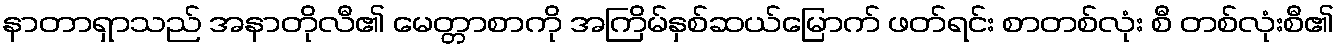
နာတာရှာသည် အနာတိုလီ၏ မေတ္တာစာကို အကြိမ်နှစ်ဆယ်မြောက် ဖတ်ရင်း စာတစ်လုံး စီ တစ်လုံးစီ၏